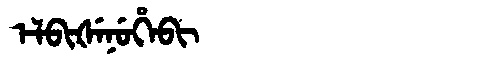
Manchu: ᡝᠯᠪᡳᡧᡝᠨᡠᡥᡝᠪᡳ
Romanization: ELBIŠENUHEBI